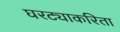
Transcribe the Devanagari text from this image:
घरट्याकरिता